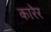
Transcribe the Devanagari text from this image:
कारेर